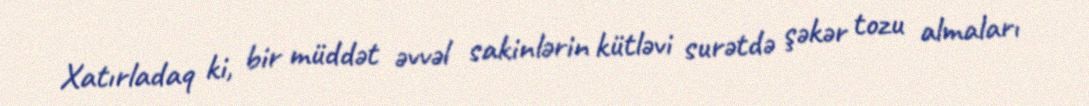
Xatırladaq ki, bir müddət əvvəl sakinlərin kütləvi surətdə şəkər tozu almaları